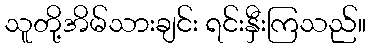
သူတို့အိမ်သားချင်း ရင်းနှီးကြသည်။